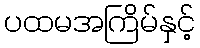
ပထမအကြိမ်နှင့်